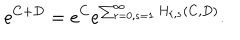
e ^ { C + D } = e ^ { C } e ^ { \sum _ { r = 0 , s = 1 } ^ { \infty } H _ { r , s } ( C , D ) } .